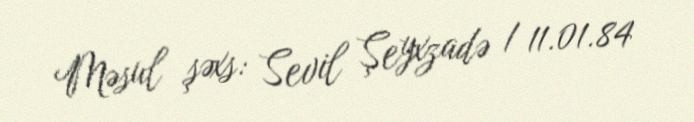
Məsul şəxs: Sevil Şeyxzadə / 11.01.84